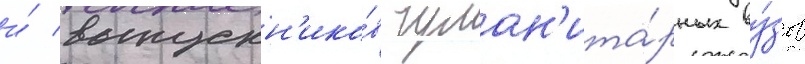
и́ выпускн'ико́в гуман'ита́рных ву́зов